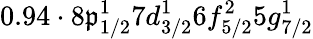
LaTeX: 0.94\cdot8\mathfrak{p}_{1/2}^{1}7d_{3/2}^{1}6f_{5/2}^{2}5g_{7/2}^{1}